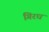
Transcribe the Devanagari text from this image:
गिरध